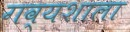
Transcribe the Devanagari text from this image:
गव्यशाला